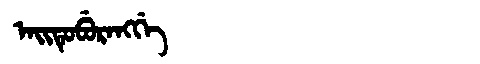
Manchu: ᠠᡳᡨᡠᠪᡠᡵᠠᠩᡤᡝ
Romanization: AITUBURANGGE